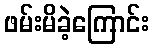
ဖမ်းမိခဲ့ကြောင်း